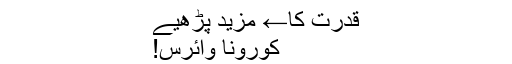
قدرت کا← مزید پڑھیے
کورونا وائرس!